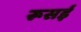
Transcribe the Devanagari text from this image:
रूसई